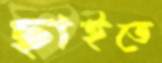
ছাইতে